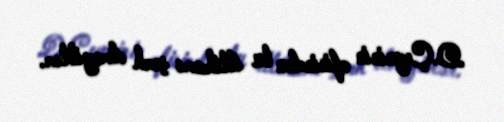
D.Çeyninin ofisindən bu ittihamı şərh etməyiblər.